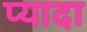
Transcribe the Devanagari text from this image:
प्‍यादा